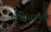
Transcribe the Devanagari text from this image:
पीआयएनके